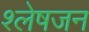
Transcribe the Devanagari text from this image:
श्लेषजन